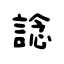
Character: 諗